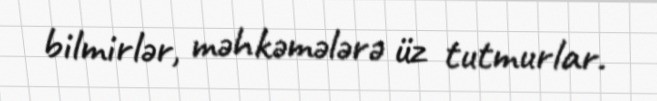
bilmirlər, məhkəmələrə üz tutmurlar.